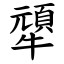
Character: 㹕